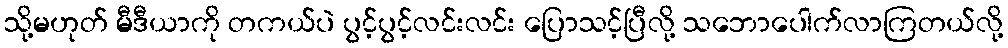
သို့မဟုတ် မီဒီယာကို တကယ်ပဲ ပွင့်ပွင့်လင်းလင်း ပြောသင့်ပြီလို့ သဘောပေါက်လာကြတယ်လို့